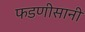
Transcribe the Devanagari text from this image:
फडणीसानी